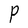
Character: P